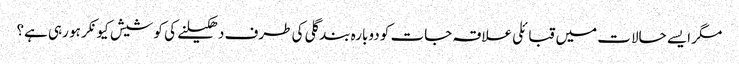
مگر ایسے حالات میں قبائلی علاقہ جات کو دوبارہ بند گلی کی طرف دھکیلنے کی کوشیش کیونکر ہو رہی ہے؟